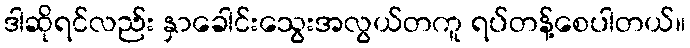
ဒါဆိုရင်လည်း နှာခေါင်းသွေးအလွယ်တကူ ရပ်တန့်စေပါတယ်။